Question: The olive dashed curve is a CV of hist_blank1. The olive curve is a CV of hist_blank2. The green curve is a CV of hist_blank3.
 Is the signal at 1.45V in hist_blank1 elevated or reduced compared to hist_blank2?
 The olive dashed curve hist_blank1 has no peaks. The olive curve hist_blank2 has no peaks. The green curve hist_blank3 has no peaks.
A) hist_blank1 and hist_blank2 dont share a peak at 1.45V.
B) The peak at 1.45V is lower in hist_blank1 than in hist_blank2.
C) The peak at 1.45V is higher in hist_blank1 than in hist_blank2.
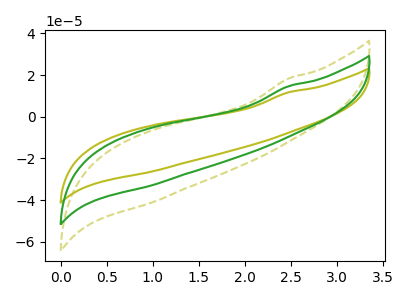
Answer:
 <answer>A) "hist_blank1" and "hist_blank2" dont share a peak at 1.45V.</answer>
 <eval>A</eval>